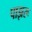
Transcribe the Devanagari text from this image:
पाझरू